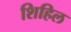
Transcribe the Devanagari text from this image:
शिहिल